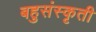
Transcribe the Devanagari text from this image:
बहुसंस्कृती